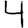
Digit: 4